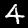
Label: 4